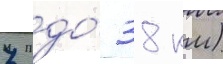
7 до́ 38 км)